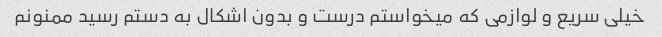
خیلی سریع و لوازمی که میخواستم درست و بدون اشکال به دستم رسید ممنونم